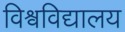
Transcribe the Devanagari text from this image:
विश्वविद्यालय